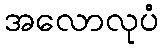
အလောလုပံ